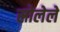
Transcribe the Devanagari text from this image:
स्रोलेले